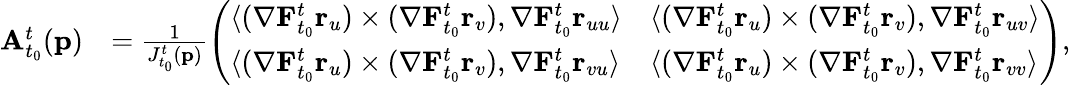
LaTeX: \begin{array}{rl}{\mathbf{A}_{t_{0}}^{t}(\mathbf{p})}&{=\frac{1}{J_{t_{0}}^{t}(\mathbf{p})}\left(\begin{array}{ll}{\langle(\mathbf{\nabla}\mathbf{F}_{t_{0}}^{t}\mathbf{r}_{u})\times(\mathbf{\nabla}\mathbf{F}_{t_{0}}^{t}\mathbf{r}_{v}),\mathbf{\nabla}\mathbf{F}_{t_{0}}^{t}\mathbf{r}_{uu}\rangle}&{\langle(\mathbf{\nabla}\mathbf{F}_{t_{0}}^{t}\mathbf{r}_{u})\times(\mathbf{\nabla}\mathbf{F}_{t_{0}}^{t}\mathbf{r}_{v}),\mathbf{\nabla}\mathbf{F}_{t_{0}}^{t}\mathbf{r}_{uv}\rangle}\\ {\langle(\mathbf{\nabla}\mathbf{F}_{t_{0}}^{t}\mathbf{r}_{u})\times(\mathbf{\nabla}\mathbf{F}_{t_{0}}^{t}\mathbf{r}_{v}),\mathbf{\nabla}\mathbf{F}_{t_{0}}^{t}\mathbf{r}_{vu}\rangle}&{\langle(\mathbf{\nabla}\mathbf{F}_{t_{0}}^{t}\mathbf{r}_{u})\times(\mathbf{\nabla}\mathbf{F}_{t_{0}}^{t}\mathbf{r}_{v}),\mathbf{\nabla}\mathbf{F}_{t_{0}}^{t}\mathbf{r}_{vv}\rangle}\end{array}\right),}\end{array}